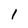
Character: 1